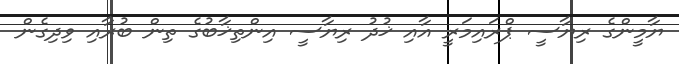
ޔާމީންގެ ރިޔާސީ ޕްރައިމަރީ އާއި ޚުދު ރިޔާސީ އިންތިޚާބުގެ ތިން ބުރާއި ވިދިގެން